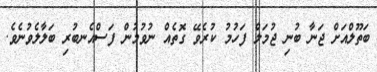
ބަތޫލްއަށް ޖަނާ ބުނި ޖުމަލް ފަހުމު ކުރެވޭ ގޮތެއް ނުވުމުން ފަސްއެނބުރި ބަލާލެވުނެވެ.